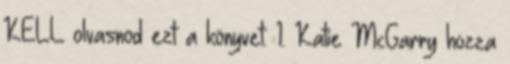
KELL olvasnod ezt a könyvet. 1. Katie McGarry hozza